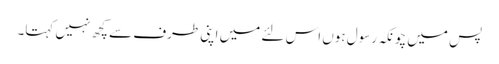
پس میں چونکہ رسول ہوں اس لئے میں اپنی طرف سے کچھ نہیں کہتا۔